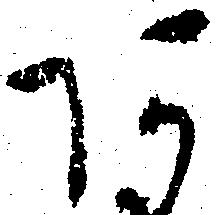
あ